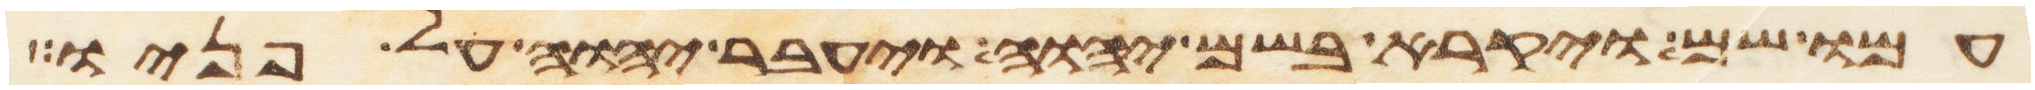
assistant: עמו שם ויקרא בשם יהוה ויעבר יהוה על פניו